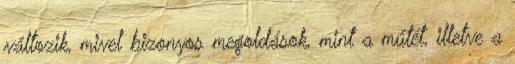
változik, mivel bizonyos megoldások, mint a műtét, illetve a